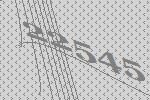
22545